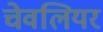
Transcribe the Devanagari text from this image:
चेवलियर